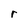
Character: r